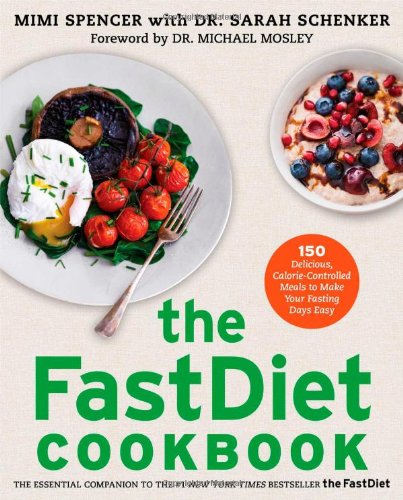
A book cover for The FastDiet Cookbook: 150 Delicious, Calorie-Controlled Meals to Make Your Fasting Days Easy; Mimi Spencer; Cookbooks, Food & Wine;